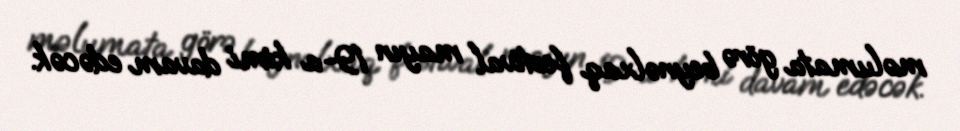
məlumata görə beynəlxaq festival mayın 19-a kimi davam edəcək.